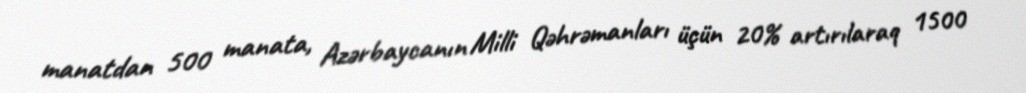
manatdan 500 manata, Azərbaycanın Milli Qəhrəmanları üçün 20% artırılaraq 1500